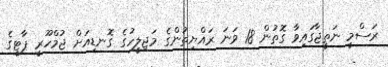
ރަސްމީ ނަތީޖާގައިވާ ގޮތުން 18 ވަނަ ރައްޔިތުންގެ މަޖިލީހުގެ ގޮނޑިއަށް ޖުމްހޫރީ ޕާޓީގެ